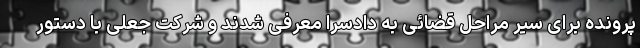
پرونده برای سیر مراحل قضائی به دادسرا معرفی شدند و شرکت جعلی با دستور